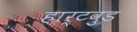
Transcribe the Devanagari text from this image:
हार्टवुड